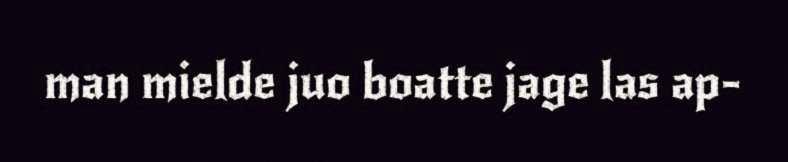
man mielde juo boatte jage las ap-